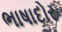
ભાષાદોર